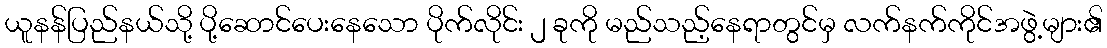
ယူနန်ပြည်နယ်သို့ ပို့ဆောင်ပေးနေသော ပိုက်လိုင်း ၂ ခုကို မည်သည့်နေရာတွင်မှ လက်နက်ကိုင်အဖွဲ့များ၏